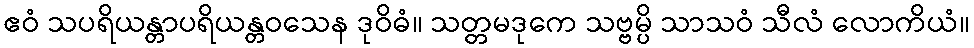
ဧဝံ သပရိယန္တာပရိယန္တဝသေန ဒုဝိဓံ။ သတ္တမဒုကေ သဗ္ဗမ္ပိ သာသဝံ သီလံ လောကိယံ။